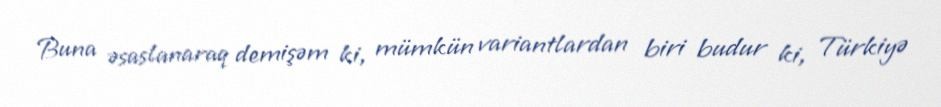
Buna əsaslanaraq demişəm ki, mümkün variantlardan biri budur ki, Türkiyə